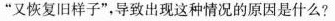
”又恢复旧样子”，导致出现这种情况的原因是什么?